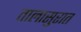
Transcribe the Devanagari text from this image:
तालासुरात